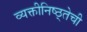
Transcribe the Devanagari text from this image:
व्यक्तीनिष्ठ्तेची